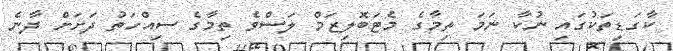
ކާގަޑިތަކުގައި ނުކާ ނަމަ ތިމާގެ މެޓަބޮލިޒަމް ލަސްވެ ތިމާގެ ސިއްހަތު ދަށަށް ދާނެ